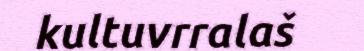
kultuvrralaš